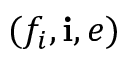
( f _ { i } , \mathbf { i } , e )